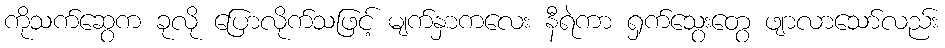
ကိုသက်ဆွေက ခုလို ပြောလိုက်သဖြင့် မျက်နှာကလေး နီရဲကာ ရှက်သွေးတွေ ဖျာလာသော်လည်း